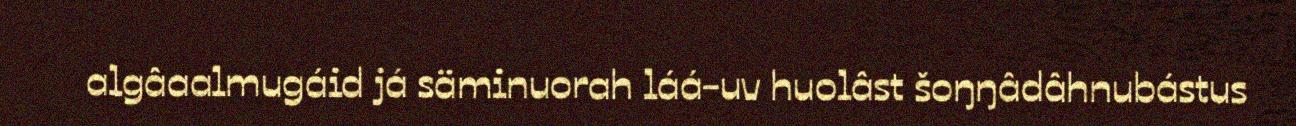
algâaalmugáid já säminuorah láá-uv huolâst šoŋŋâdâhnubástus